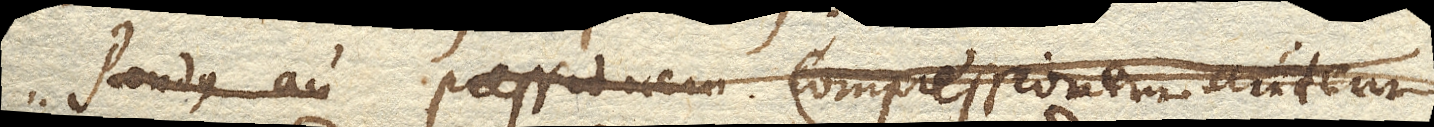
Pondus au Pressionem Compressionem autem